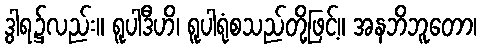
ဒွါရ၌လည်း။ ရူပါဒီဟိ၊ ရူပါရုံစသည်တို့ဖြင့်။ အနဘိဘူတော၊